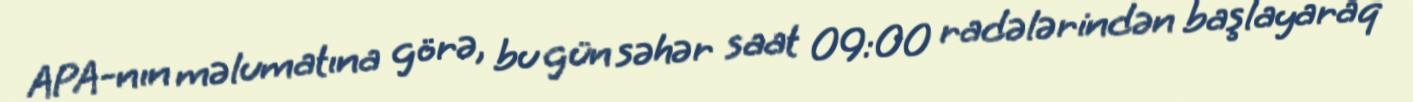
APA-nın məlumatına görə, bu gün səhər saat 09:00 radələrindən başlayaraq